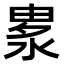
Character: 𣷛